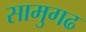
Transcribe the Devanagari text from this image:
सामुगढ